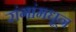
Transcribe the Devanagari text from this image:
रांगांमधून